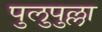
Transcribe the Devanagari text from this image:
पुलुपुल्ला